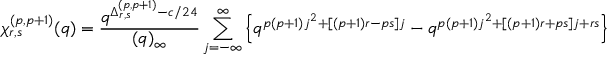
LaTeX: \chi _ { r , s } ^ { ( p , p + 1 ) } ( q ) = \frac { q ^ { \Delta _ { r , s } ^ { ( p , p + 1 ) } - c / 2 4 } } { ( q ) _ { \infty } } \sum _ { j = - \infty } ^ { \infty } \left\{ q ^ { p ( p + 1 ) j ^ { 2 } + [ ( p + 1 ) r - p s ] j } - q ^ { p ( p + 1 ) j ^ { 2 } + [ ( p + 1 ) r + p s ] j + r s } \right\}